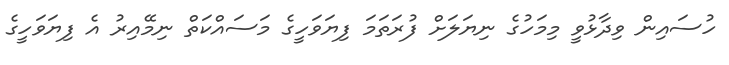
ހުސައިން ވިދާޅުވީ މިމަހުގެ ނިޔަލަށް ފުރަތަމަ ފިޔަވަހީގެ މަސައްކަތް ނިމޭއިރު އެ ފިޔަވަހީގެ